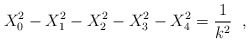
\begin{align*}X_0^2-X_1^2-X_2^2-X_3^2-X_4^2=\frac{1}{k^2}\;\;,\end{align*}